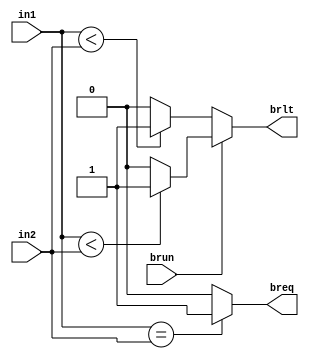
module branch_comp (in1,in2,brun,breq,brlt);
input [31:0]in1,in2;
input brun;
output reg breq,brlt;
	
	always @(*) begin
	breq=1'bz;
	brlt=1'bz; 
		if (in1==in2)
			breq=1;
		else
			breq=0;
		if(brun)begin
			if(in1<in2)
				brlt=1;
			else
				brlt=0;
		end
		else begin
			if($signed(in1)<$signed(in2))
				brlt=1;
			else
				brlt=0;
		end
		
	end

endmodule